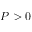
P > 0